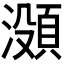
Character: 𬉐